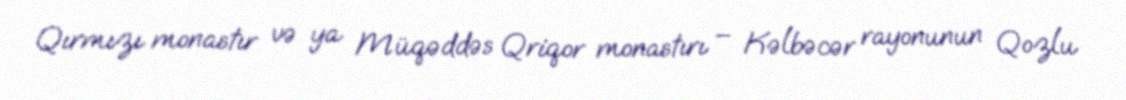
Qırmızı monastır və ya Müqəddəs Qriqor monastırı – Kəlbəcər rayonunun Qozlu